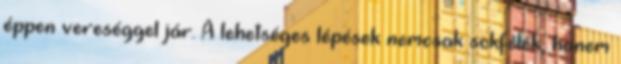
éppen vereséggel jár. A lehetséges lépések nemcsak sokfélék, hanem